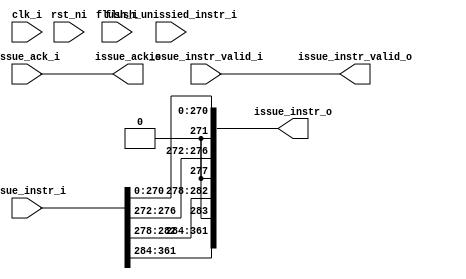
module re_name
(
  clk_i,
  rst_ni,
  flush_i,
  flush_unissied_instr_i,
  issue_instr_i,
  issue_instr_valid_i,
  issue_ack_o,
  issue_instr_o,
  issue_instr_valid_o,
  issue_ack_i
);

  input [361:0] issue_instr_i;
  output [361:0] issue_instr_o;
  input clk_i;
  input rst_ni;
  input flush_i;
  input flush_unissied_instr_i;
  input issue_instr_valid_i;
  input issue_ack_i;
  output issue_ack_o;
  output issue_instr_valid_o;
  wire [361:0] issue_instr_o;
  wire issue_ack_o,issue_instr_valid_o,issue_ack_i,issue_instr_valid_i;
  assign issue_instr_o[271] = 1'b0;
  assign issue_instr_o[277] = 1'b0;
  assign issue_instr_o[283] = 1'b0;
  assign issue_ack_o = issue_ack_i;
  assign issue_instr_o[361] = issue_instr_i[361];
  assign issue_instr_o[360] = issue_instr_i[360];
  assign issue_instr_o[359] = issue_instr_i[359];
  assign issue_instr_o[358] = issue_instr_i[358];
  assign issue_instr_o[357] = issue_instr_i[357];
  assign issue_instr_o[356] = issue_instr_i[356];
  assign issue_instr_o[355] = issue_instr_i[355];
  assign issue_instr_o[354] = issue_instr_i[354];
  assign issue_instr_o[353] = issue_instr_i[353];
  assign issue_instr_o[352] = issue_instr_i[352];
  assign issue_instr_o[351] = issue_instr_i[351];
  assign issue_instr_o[350] = issue_instr_i[350];
  assign issue_instr_o[349] = issue_instr_i[349];
  assign issue_instr_o[348] = issue_instr_i[348];
  assign issue_instr_o[347] = issue_instr_i[347];
  assign issue_instr_o[346] = issue_instr_i[346];
  assign issue_instr_o[345] = issue_instr_i[345];
  assign issue_instr_o[344] = issue_instr_i[344];
  assign issue_instr_o[343] = issue_instr_i[343];
  assign issue_instr_o[342] = issue_instr_i[342];
  assign issue_instr_o[341] = issue_instr_i[341];
  assign issue_instr_o[340] = issue_instr_i[340];
  assign issue_instr_o[339] = issue_instr_i[339];
  assign issue_instr_o[338] = issue_instr_i[338];
  assign issue_instr_o[337] = issue_instr_i[337];
  assign issue_instr_o[336] = issue_instr_i[336];
  assign issue_instr_o[335] = issue_instr_i[335];
  assign issue_instr_o[334] = issue_instr_i[334];
  assign issue_instr_o[333] = issue_instr_i[333];
  assign issue_instr_o[332] = issue_instr_i[332];
  assign issue_instr_o[331] = issue_instr_i[331];
  assign issue_instr_o[330] = issue_instr_i[330];
  assign issue_instr_o[329] = issue_instr_i[329];
  assign issue_instr_o[328] = issue_instr_i[328];
  assign issue_instr_o[327] = issue_instr_i[327];
  assign issue_instr_o[326] = issue_instr_i[326];
  assign issue_instr_o[325] = issue_instr_i[325];
  assign issue_instr_o[324] = issue_instr_i[324];
  assign issue_instr_o[323] = issue_instr_i[323];
  assign issue_instr_o[322] = issue_instr_i[322];
  assign issue_instr_o[321] = issue_instr_i[321];
  assign issue_instr_o[320] = issue_instr_i[320];
  assign issue_instr_o[319] = issue_instr_i[319];
  assign issue_instr_o[318] = issue_instr_i[318];
  assign issue_instr_o[317] = issue_instr_i[317];
  assign issue_instr_o[316] = issue_instr_i[316];
  assign issue_instr_o[315] = issue_instr_i[315];
  assign issue_instr_o[314] = issue_instr_i[314];
  assign issue_instr_o[313] = issue_instr_i[313];
  assign issue_instr_o[312] = issue_instr_i[312];
  assign issue_instr_o[311] = issue_instr_i[311];
  assign issue_instr_o[310] = issue_instr_i[310];
  assign issue_instr_o[309] = issue_instr_i[309];
  assign issue_instr_o[308] = issue_instr_i[308];
  assign issue_instr_o[307] = issue_instr_i[307];
  assign issue_instr_o[306] = issue_instr_i[306];
  assign issue_instr_o[305] = issue_instr_i[305];
  assign issue_instr_o[304] = issue_instr_i[304];
  assign issue_instr_o[303] = issue_instr_i[303];
  assign issue_instr_o[302] = issue_instr_i[302];
  assign issue_instr_o[301] = issue_instr_i[301];
  assign issue_instr_o[300] = issue_instr_i[300];
  assign issue_instr_o[299] = issue_instr_i[299];
  assign issue_instr_o[298] = issue_instr_i[298];
  assign issue_instr_o[297] = issue_instr_i[297];
  assign issue_instr_o[296] = issue_instr_i[296];
  assign issue_instr_o[295] = issue_instr_i[295];
  assign issue_instr_o[294] = issue_instr_i[294];
  assign issue_instr_o[293] = issue_instr_i[293];
  assign issue_instr_o[292] = issue_instr_i[292];
  assign issue_instr_o[291] = issue_instr_i[291];
  assign issue_instr_o[290] = issue_instr_i[290];
  assign issue_instr_o[289] = issue_instr_i[289];
  assign issue_instr_o[288] = issue_instr_i[288];
  assign issue_instr_o[287] = issue_instr_i[287];
  assign issue_instr_o[286] = issue_instr_i[286];
  assign issue_instr_o[285] = issue_instr_i[285];
  assign issue_instr_o[284] = issue_instr_i[284];
  assign issue_instr_o[282] = issue_instr_i[282];
  assign issue_instr_o[281] = issue_instr_i[281];
  assign issue_instr_o[280] = issue_instr_i[280];
  assign issue_instr_o[279] = issue_instr_i[279];
  assign issue_instr_o[278] = issue_instr_i[278];
  assign issue_instr_o[276] = issue_instr_i[276];
  assign issue_instr_o[275] = issue_instr_i[275];
  assign issue_instr_o[274] = issue_instr_i[274];
  assign issue_instr_o[273] = issue_instr_i[273];
  assign issue_instr_o[272] = issue_instr_i[272];
  assign issue_instr_o[270] = issue_instr_i[270];
  assign issue_instr_o[269] = issue_instr_i[269];
  assign issue_instr_o[268] = issue_instr_i[268];
  assign issue_instr_o[267] = issue_instr_i[267];
  assign issue_instr_o[266] = issue_instr_i[266];
  assign issue_instr_o[265] = issue_instr_i[265];
  assign issue_instr_o[264] = issue_instr_i[264];
  assign issue_instr_o[263] = issue_instr_i[263];
  assign issue_instr_o[262] = issue_instr_i[262];
  assign issue_instr_o[261] = issue_instr_i[261];
  assign issue_instr_o[260] = issue_instr_i[260];
  assign issue_instr_o[259] = issue_instr_i[259];
  assign issue_instr_o[258] = issue_instr_i[258];
  assign issue_instr_o[257] = issue_instr_i[257];
  assign issue_instr_o[256] = issue_instr_i[256];
  assign issue_instr_o[255] = issue_instr_i[255];
  assign issue_instr_o[254] = issue_instr_i[254];
  assign issue_instr_o[253] = issue_instr_i[253];
  assign issue_instr_o[252] = issue_instr_i[252];
  assign issue_instr_o[251] = issue_instr_i[251];
  assign issue_instr_o[250] = issue_instr_i[250];
  assign issue_instr_o[249] = issue_instr_i[249];
  assign issue_instr_o[248] = issue_instr_i[248];
  assign issue_instr_o[247] = issue_instr_i[247];
  assign issue_instr_o[246] = issue_instr_i[246];
  assign issue_instr_o[245] = issue_instr_i[245];
  assign issue_instr_o[244] = issue_instr_i[244];
  assign issue_instr_o[243] = issue_instr_i[243];
  assign issue_instr_o[242] = issue_instr_i[242];
  assign issue_instr_o[241] = issue_instr_i[241];
  assign issue_instr_o[240] = issue_instr_i[240];
  assign issue_instr_o[239] = issue_instr_i[239];
  assign issue_instr_o[238] = issue_instr_i[238];
  assign issue_instr_o[237] = issue_instr_i[237];
  assign issue_instr_o[236] = issue_instr_i[236];
  assign issue_instr_o[235] = issue_instr_i[235];
  assign issue_instr_o[234] = issue_instr_i[234];
  assign issue_instr_o[233] = issue_instr_i[233];
  assign issue_instr_o[232] = issue_instr_i[232];
  assign issue_instr_o[231] = issue_instr_i[231];
  assign issue_instr_o[230] = issue_instr_i[230];
  assign issue_instr_o[229] = issue_instr_i[229];
  assign issue_instr_o[228] = issue_instr_i[228];
  assign issue_instr_o[227] = issue_instr_i[227];
  assign issue_instr_o[226] = issue_instr_i[226];
  assign issue_instr_o[225] = issue_instr_i[225];
  assign issue_instr_o[224] = issue_instr_i[224];
  assign issue_instr_o[223] = issue_instr_i[223];
  assign issue_instr_o[222] = issue_instr_i[222];
  assign issue_instr_o[221] = issue_instr_i[221];
  assign issue_instr_o[220] = issue_instr_i[220];
  assign issue_instr_o[219] = issue_instr_i[219];
  assign issue_instr_o[218] = issue_instr_i[218];
  assign issue_instr_o[217] = issue_instr_i[217];
  assign issue_instr_o[216] = issue_instr_i[216];
  assign issue_instr_o[215] = issue_instr_i[215];
  assign issue_instr_o[214] = issue_instr_i[214];
  assign issue_instr_o[213] = issue_instr_i[213];
  assign issue_instr_o[212] = issue_instr_i[212];
  assign issue_instr_o[211] = issue_instr_i[211];
  assign issue_instr_o[210] = issue_instr_i[210];
  assign issue_instr_o[209] = issue_instr_i[209];
  assign issue_instr_o[208] = issue_instr_i[208];
  assign issue_instr_o[207] = issue_instr_i[207];
  assign issue_instr_o[206] = issue_instr_i[206];
  assign issue_instr_o[205] = issue_instr_i[205];
  assign issue_instr_o[204] = issue_instr_i[204];
  assign issue_instr_o[203] = issue_instr_i[203];
  assign issue_instr_o[202] = issue_instr_i[202];
  assign issue_instr_o[201] = issue_instr_i[201];
  assign issue_instr_o[200] = issue_instr_i[200];
  assign issue_instr_o[199] = issue_instr_i[199];
  assign issue_instr_o[198] = issue_instr_i[198];
  assign issue_instr_o[197] = issue_instr_i[197];
  assign issue_instr_o[196] = issue_instr_i[196];
  assign issue_instr_o[195] = issue_instr_i[195];
  assign issue_instr_o[194] = issue_instr_i[194];
  assign issue_instr_o[193] = issue_instr_i[193];
  assign issue_instr_o[192] = issue_instr_i[192];
  assign issue_instr_o[191] = issue_instr_i[191];
  assign issue_instr_o[190] = issue_instr_i[190];
  assign issue_instr_o[189] = issue_instr_i[189];
  assign issue_instr_o[188] = issue_instr_i[188];
  assign issue_instr_o[187] = issue_instr_i[187];
  assign issue_instr_o[186] = issue_instr_i[186];
  assign issue_instr_o[185] = issue_instr_i[185];
  assign issue_instr_o[184] = issue_instr_i[184];
  assign issue_instr_o[183] = issue_instr_i[183];
  assign issue_instr_o[182] = issue_instr_i[182];
  assign issue_instr_o[181] = issue_instr_i[181];
  assign issue_instr_o[180] = issue_instr_i[180];
  assign issue_instr_o[179] = issue_instr_i[179];
  assign issue_instr_o[178] = issue_instr_i[178];
  assign issue_instr_o[177] = issue_instr_i[177];
  assign issue_instr_o[176] = issue_instr_i[176];
  assign issue_instr_o[175] = issue_instr_i[175];
  assign issue_instr_o[174] = issue_instr_i[174];
  assign issue_instr_o[173] = issue_instr_i[173];
  assign issue_instr_o[172] = issue_instr_i[172];
  assign issue_instr_o[171] = issue_instr_i[171];
  assign issue_instr_o[170] = issue_instr_i[170];
  assign issue_instr_o[169] = issue_instr_i[169];
  assign issue_instr_o[168] = issue_instr_i[168];
  assign issue_instr_o[167] = issue_instr_i[167];
  assign issue_instr_o[166] = issue_instr_i[166];
  assign issue_instr_o[165] = issue_instr_i[165];
  assign issue_instr_o[164] = issue_instr_i[164];
  assign issue_instr_o[163] = issue_instr_i[163];
  assign issue_instr_o[162] = issue_instr_i[162];
  assign issue_instr_o[161] = issue_instr_i[161];
  assign issue_instr_o[160] = issue_instr_i[160];
  assign issue_instr_o[159] = issue_instr_i[159];
  assign issue_instr_o[158] = issue_instr_i[158];
  assign issue_instr_o[157] = issue_instr_i[157];
  assign issue_instr_o[156] = issue_instr_i[156];
  assign issue_instr_o[155] = issue_instr_i[155];
  assign issue_instr_o[154] = issue_instr_i[154];
  assign issue_instr_o[153] = issue_instr_i[153];
  assign issue_instr_o[152] = issue_instr_i[152];
  assign issue_instr_o[151] = issue_instr_i[151];
  assign issue_instr_o[150] = issue_instr_i[150];
  assign issue_instr_o[149] = issue_instr_i[149];
  assign issue_instr_o[148] = issue_instr_i[148];
  assign issue_instr_o[147] = issue_instr_i[147];
  assign issue_instr_o[146] = issue_instr_i[146];
  assign issue_instr_o[145] = issue_instr_i[145];
  assign issue_instr_o[144] = issue_instr_i[144];
  assign issue_instr_o[143] = issue_instr_i[143];
  assign issue_instr_o[142] = issue_instr_i[142];
  assign issue_instr_o[141] = issue_instr_i[141];
  assign issue_instr_o[140] = issue_instr_i[140];
  assign issue_instr_o[139] = issue_instr_i[139];
  assign issue_instr_o[138] = issue_instr_i[138];
  assign issue_instr_o[137] = issue_instr_i[137];
  assign issue_instr_o[136] = issue_instr_i[136];
  assign issue_instr_o[135] = issue_instr_i[135];
  assign issue_instr_o[134] = issue_instr_i[134];
  assign issue_instr_o[133] = issue_instr_i[133];
  assign issue_instr_o[132] = issue_instr_i[132];
  assign issue_instr_o[131] = issue_instr_i[131];
  assign issue_instr_o[130] = issue_instr_i[130];
  assign issue_instr_o[129] = issue_instr_i[129];
  assign issue_instr_o[128] = issue_instr_i[128];
  assign issue_instr_o[127] = issue_instr_i[127];
  assign issue_instr_o[126] = issue_instr_i[126];
  assign issue_instr_o[125] = issue_instr_i[125];
  assign issue_instr_o[124] = issue_instr_i[124];
  assign issue_instr_o[123] = issue_instr_i[123];
  assign issue_instr_o[122] = issue_instr_i[122];
  assign issue_instr_o[121] = issue_instr_i[121];
  assign issue_instr_o[120] = issue_instr_i[120];
  assign issue_instr_o[119] = issue_instr_i[119];
  assign issue_instr_o[118] = issue_instr_i[118];
  assign issue_instr_o[117] = issue_instr_i[117];
  assign issue_instr_o[116] = issue_instr_i[116];
  assign issue_instr_o[115] = issue_instr_i[115];
  assign issue_instr_o[114] = issue_instr_i[114];
  assign issue_instr_o[113] = issue_instr_i[113];
  assign issue_instr_o[112] = issue_instr_i[112];
  assign issue_instr_o[111] = issue_instr_i[111];
  assign issue_instr_o[110] = issue_instr_i[110];
  assign issue_instr_o[109] = issue_instr_i[109];
  assign issue_instr_o[108] = issue_instr_i[108];
  assign issue_instr_o[107] = issue_instr_i[107];
  assign issue_instr_o[106] = issue_instr_i[106];
  assign issue_instr_o[105] = issue_instr_i[105];
  assign issue_instr_o[104] = issue_instr_i[104];
  assign issue_instr_o[103] = issue_instr_i[103];
  assign issue_instr_o[102] = issue_instr_i[102];
  assign issue_instr_o[101] = issue_instr_i[101];
  assign issue_instr_o[100] = issue_instr_i[100];
  assign issue_instr_o[99] = issue_instr_i[99];
  assign issue_instr_o[98] = issue_instr_i[98];
  assign issue_instr_o[97] = issue_instr_i[97];
  assign issue_instr_o[96] = issue_instr_i[96];
  assign issue_instr_o[95] = issue_instr_i[95];
  assign issue_instr_o[94] = issue_instr_i[94];
  assign issue_instr_o[93] = issue_instr_i[93];
  assign issue_instr_o[92] = issue_instr_i[92];
  assign issue_instr_o[91] = issue_instr_i[91];
  assign issue_instr_o[90] = issue_instr_i[90];
  assign issue_instr_o[89] = issue_instr_i[89];
  assign issue_instr_o[88] = issue_instr_i[88];
  assign issue_instr_o[87] = issue_instr_i[87];
  assign issue_instr_o[86] = issue_instr_i[86];
  assign issue_instr_o[85] = issue_instr_i[85];
  assign issue_instr_o[84] = issue_instr_i[84];
  assign issue_instr_o[83] = issue_instr_i[83];
  assign issue_instr_o[82] = issue_instr_i[82];
  assign issue_instr_o[81] = issue_instr_i[81];
  assign issue_instr_o[80] = issue_instr_i[80];
  assign issue_instr_o[79] = issue_instr_i[79];
  assign issue_instr_o[78] = issue_instr_i[78];
  assign issue_instr_o[77] = issue_instr_i[77];
  assign issue_instr_o[76] = issue_instr_i[76];
  assign issue_instr_o[75] = issue_instr_i[75];
  assign issue_instr_o[74] = issue_instr_i[74];
  assign issue_instr_o[73] = issue_instr_i[73];
  assign issue_instr_o[72] = issue_instr_i[72];
  assign issue_instr_o[71] = issue_instr_i[71];
  assign issue_instr_o[70] = issue_instr_i[70];
  assign issue_instr_o[69] = issue_instr_i[69];
  assign issue_instr_o[68] = issue_instr_i[68];
  assign issue_instr_o[67] = issue_instr_i[67];
  assign issue_instr_o[66] = issue_instr_i[66];
  assign issue_instr_o[65] = issue_instr_i[65];
  assign issue_instr_o[64] = issue_instr_i[64];
  assign issue_instr_o[63] = issue_instr_i[63];
  assign issue_instr_o[62] = issue_instr_i[62];
  assign issue_instr_o[61] = issue_instr_i[61];
  assign issue_instr_o[60] = issue_instr_i[60];
  assign issue_instr_o[59] = issue_instr_i[59];
  assign issue_instr_o[58] = issue_instr_i[58];
  assign issue_instr_o[57] = issue_instr_i[57];
  assign issue_instr_o[56] = issue_instr_i[56];
  assign issue_instr_o[55] = issue_instr_i[55];
  assign issue_instr_o[54] = issue_instr_i[54];
  assign issue_instr_o[53] = issue_instr_i[53];
  assign issue_instr_o[52] = issue_instr_i[52];
  assign issue_instr_o[51] = issue_instr_i[51];
  assign issue_instr_o[50] = issue_instr_i[50];
  assign issue_instr_o[49] = issue_instr_i[49];
  assign issue_instr_o[48] = issue_instr_i[48];
  assign issue_instr_o[47] = issue_instr_i[47];
  assign issue_instr_o[46] = issue_instr_i[46];
  assign issue_instr_o[45] = issue_instr_i[45];
  assign issue_instr_o[44] = issue_instr_i[44];
  assign issue_instr_o[43] = issue_instr_i[43];
  assign issue_instr_o[42] = issue_instr_i[42];
  assign issue_instr_o[41] = issue_instr_i[41];
  assign issue_instr_o[40] = issue_instr_i[40];
  assign issue_instr_o[39] = issue_instr_i[39];
  assign issue_instr_o[38] = issue_instr_i[38];
  assign issue_instr_o[37] = issue_instr_i[37];
  assign issue_instr_o[36] = issue_instr_i[36];
  assign issue_instr_o[35] = issue_instr_i[35];
  assign issue_instr_o[34] = issue_instr_i[34];
  assign issue_instr_o[33] = issue_instr_i[33];
  assign issue_instr_o[32] = issue_instr_i[32];
  assign issue_instr_o[31] = issue_instr_i[31];
  assign issue_instr_o[30] = issue_instr_i[30];
  assign issue_instr_o[29] = issue_instr_i[29];
  assign issue_instr_o[28] = issue_instr_i[28];
  assign issue_instr_o[27] = issue_instr_i[27];
  assign issue_instr_o[26] = issue_instr_i[26];
  assign issue_instr_o[25] = issue_instr_i[25];
  assign issue_instr_o[24] = issue_instr_i[24];
  assign issue_instr_o[23] = issue_instr_i[23];
  assign issue_instr_o[22] = issue_instr_i[22];
  assign issue_instr_o[21] = issue_instr_i[21];
  assign issue_instr_o[20] = issue_instr_i[20];
  assign issue_instr_o[19] = issue_instr_i[19];
  assign issue_instr_o[18] = issue_instr_i[18];
  assign issue_instr_o[17] = issue_instr_i[17];
  assign issue_instr_o[16] = issue_instr_i[16];
  assign issue_instr_o[15] = issue_instr_i[15];
  assign issue_instr_o[14] = issue_instr_i[14];
  assign issue_instr_o[13] = issue_instr_i[13];
  assign issue_instr_o[12] = issue_instr_i[12];
  assign issue_instr_o[11] = issue_instr_i[11];
  assign issue_instr_o[10] = issue_instr_i[10];
  assign issue_instr_o[9] = issue_instr_i[9];
  assign issue_instr_o[8] = issue_instr_i[8];
  assign issue_instr_o[7] = issue_instr_i[7];
  assign issue_instr_o[6] = issue_instr_i[6];
  assign issue_instr_o[5] = issue_instr_i[5];
  assign issue_instr_o[4] = issue_instr_i[4];
  assign issue_instr_o[3] = issue_instr_i[3];
  assign issue_instr_o[2] = issue_instr_i[2];
  assign issue_instr_o[1] = issue_instr_i[1];
  assign issue_instr_o[0] = issue_instr_i[0];
  assign issue_instr_valid_o = issue_instr_valid_i;

endmodule